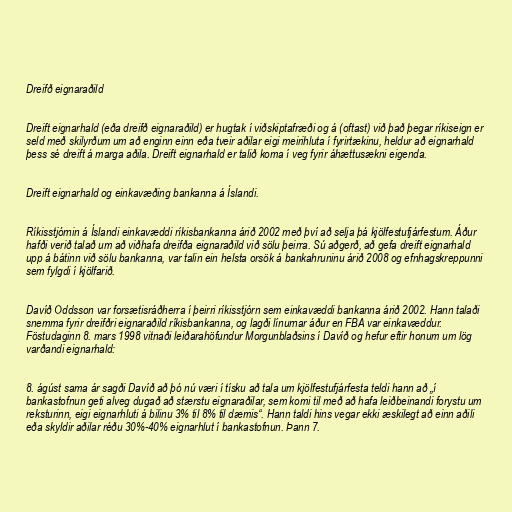
Dreifð eignaraðild

Dreift eignarhald (eða dreifð eignaraðild) er hugtak í viðskiptafræði og á (oftast) við það þegar ríkiseign er
seld með skilyrðum um að enginn einn eða tveir aðilar eigi meirihluta í fyrirtækinu, heldur að eignarhald
þess sé dreift á marga aðila. Dreift eignarhald er talið koma í veg fyrir áhættusækni eigenda.

Dreift eignarhald og einkavæðing bankanna á Íslandi.

Ríkisstjórnin á Íslandi einkavæddi ríkisbankanna árið 2002 með því að selja þá kjölfestufjárfestum. Áður
hafði verið talað um að viðhafa dreifða eignaraðild við sölu þeirra. Sú aðgerð, að gefa dreift eignarhald
upp á bátinn við sölu bankanna, var talin ein helsta orsök á bankahruninu árið 2008 og efnhagskreppunni
sem fylgdi í kjölfarið.

Davíð Oddsson var forsætisráðherra í þeirri ríkisstjórn sem einkavæddi bankanna árið 2002. Hann talaði
snemma fyrir dreifðri eignaraðild ríkisbankanna, og lagði línurnar áður en FBA var einkavæddur.
Föstudaginn 8. mars 1998 vitnaði leiðarahöfundur Morgunblaðsins í Davíð og hefur eftir honum um lög
varðandi eignarhald:

8. ágúst sama ár sagði Davíð að þó nú væri í tísku að tala um kjölfestufjárfesta teldi hann að „í
bankastofnun geti alveg dugað að stærstu eignaraðilar, sem komi til með að hafa leiðbeinandi forystu um
reksturinn, eigi eignarhluti á bilinu 3% til 8% til dæmis“. Hann taldi hins vegar ekki æskilegt að einn aðili
eða skyldir aðilar réðu 30%-40% eignarhlut í bankastofnun. Þann 7.